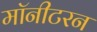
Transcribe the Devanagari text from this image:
मॉनीटरन